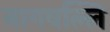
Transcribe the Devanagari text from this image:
नागवल्लि